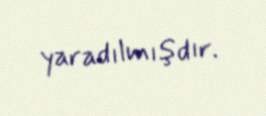
yaradılmışdır.